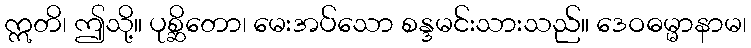
ဣတိ၊ ဤသို့။ ပုစ္ဆိတော၊ မေးအပ်သော စန္ဒမင်းသားသည်။ ဒေဝဓမ္မာနာမ၊